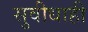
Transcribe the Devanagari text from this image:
सुवीधाही